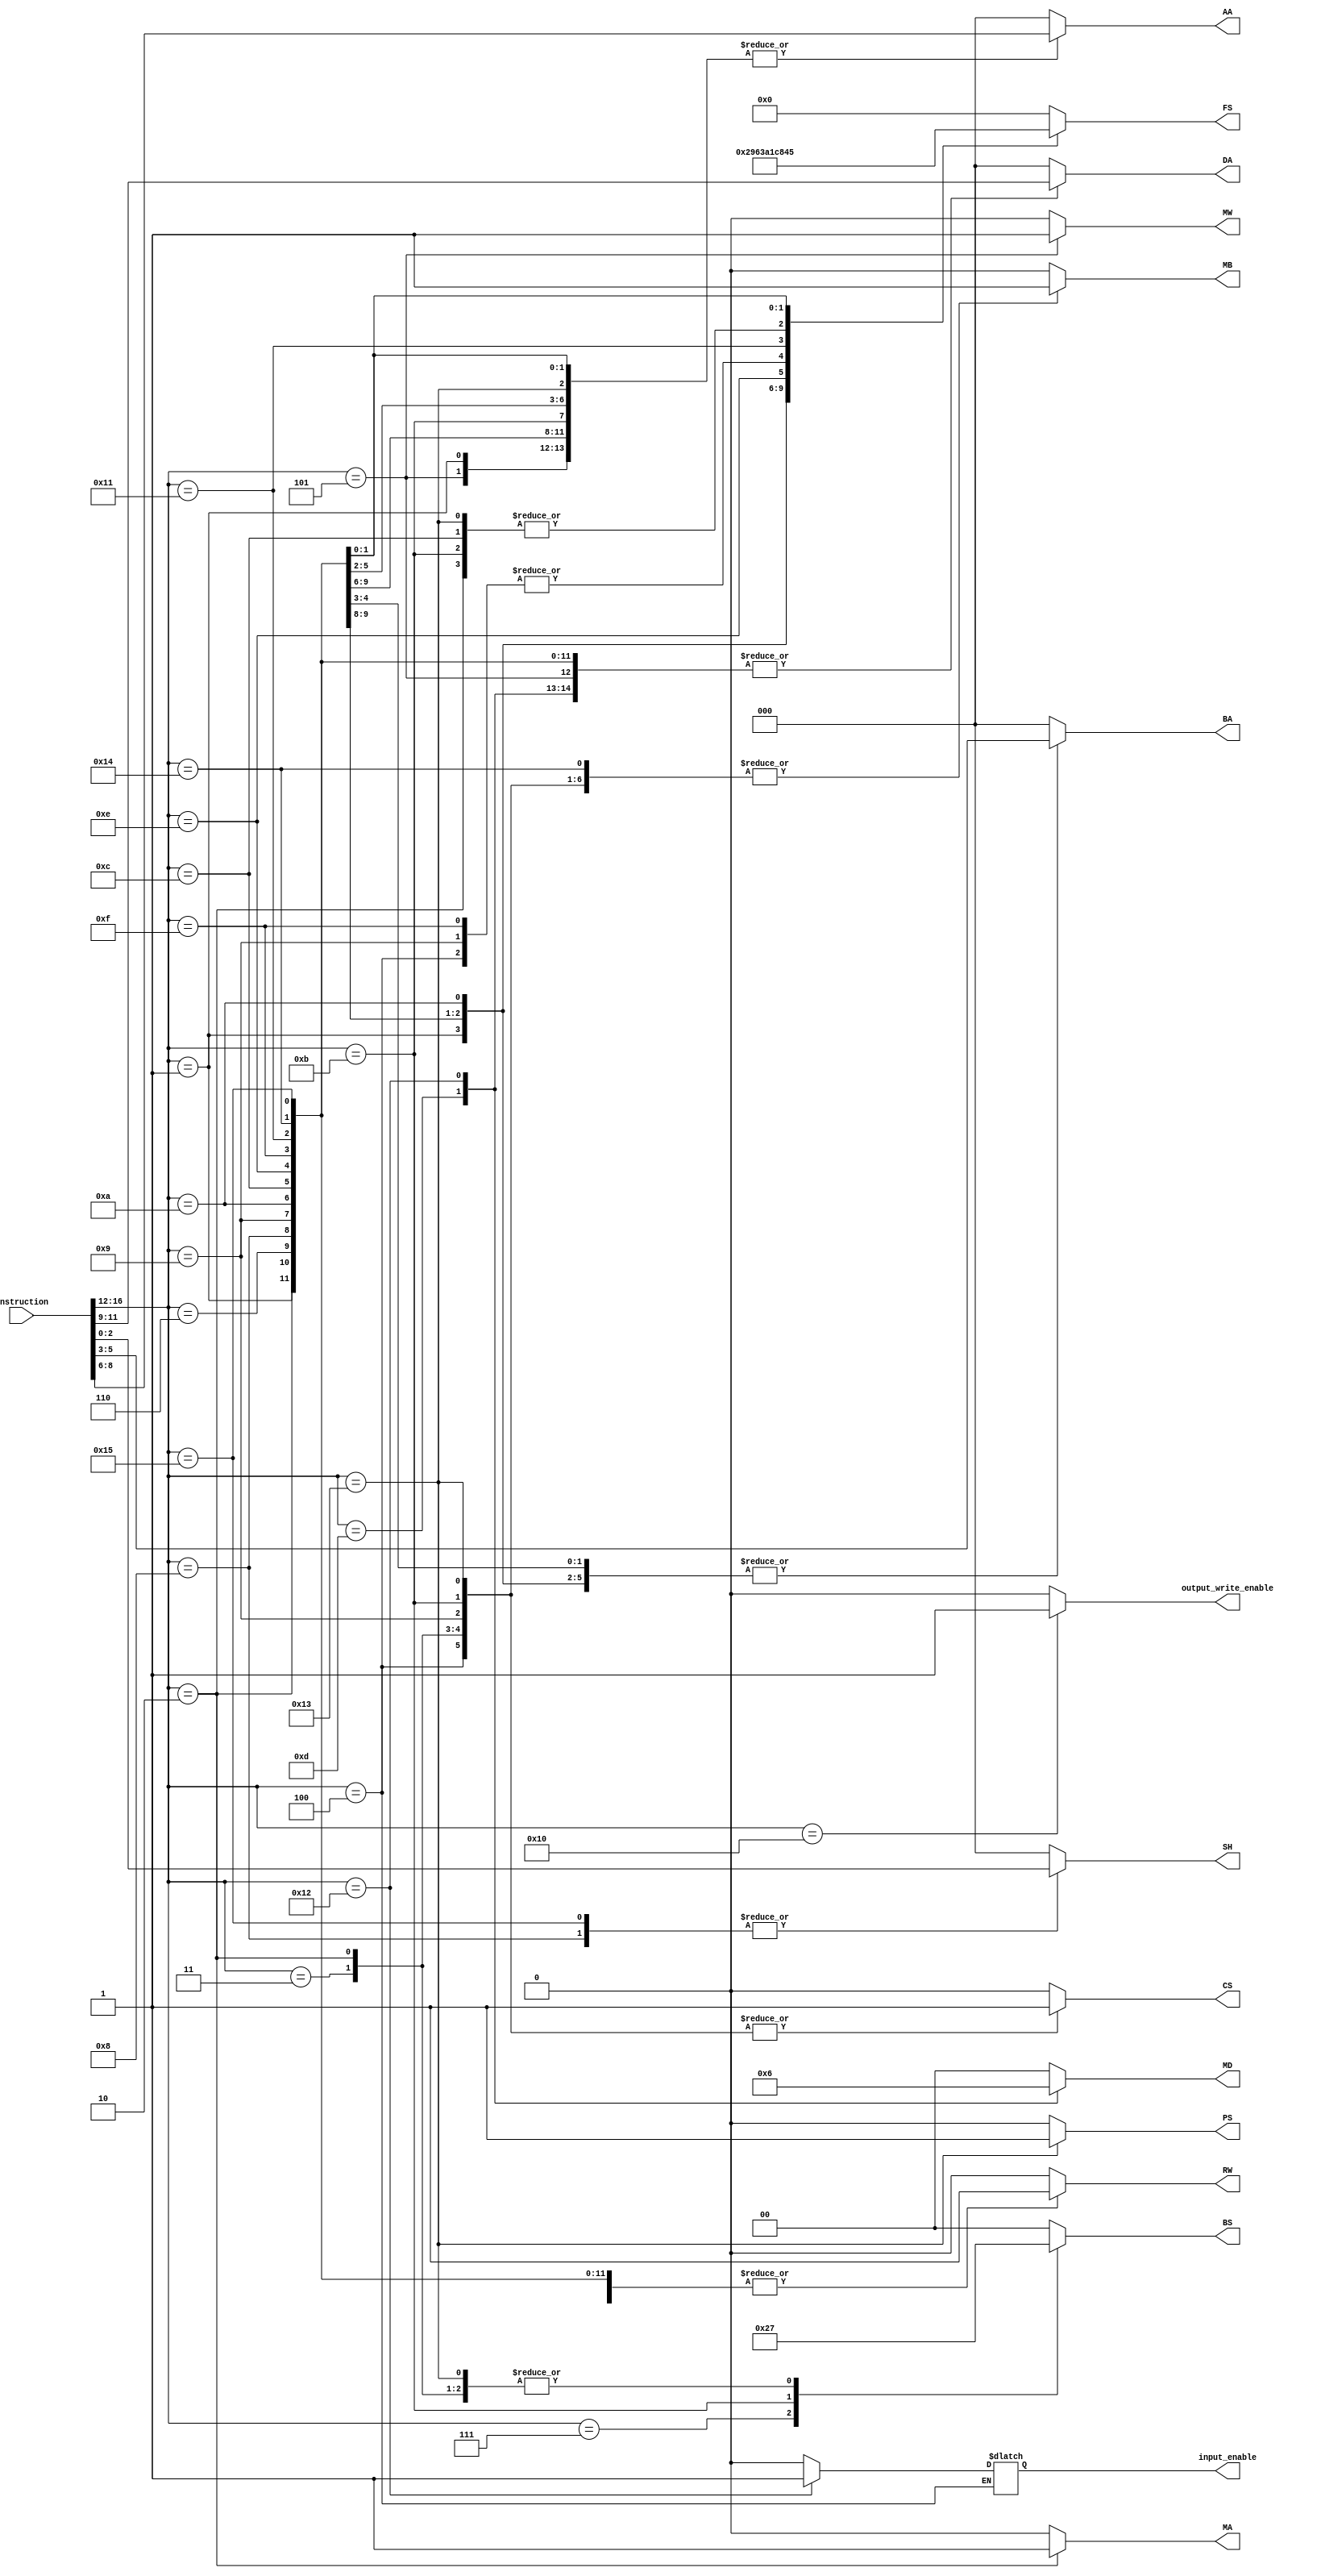
`timescale 1ns / 1ps
//////////////////////////////////////////////////////////////////////////////////
// Company: 
// Engineer: 
// 
// Design Name: 
// Module Name: instruction_decoder
// Project Name: 
// Target Devices: 
// Tool Versions: 
// Description: 
// 
// Dependencies: 
// 
// Revision:
// Revision 0.01 - File Created
// Additional Comments:
// 
//////////////////////////////////////////////////////////////////////////////////


module instruction_decoder(
    input [16:0] instruction,
    output  RW,
    output  [2:0] DA,//DA_WIREtAA_WIREddress,
    output [1:0] MD ,//muxd_select,
    output [1:0] BS, //branch_select,
    output PS,//zero_toggle,
    output MW,//memory_write,
    output [3:0] FS,//function select
    output MA,//mux a select 
    output MB,// mux  b select 
    output [2:0]AA, //register a address
    output [2:0]BA, // register b address
    output CS, // constant AA_WIRE
    output [2:0] SH, //shift registers
    output output_write_enable,
	output input_enable
    );
	 
parameter NOP = 5'b00000; // value 0  eg:nop
parameter SUB = 5'b00001; //value 1   eg: sub r1,r2,r3
parameter JML = 5'b00010; //value 2   eg: jml r2, r3
parameter JMP = 5'b00011; // value 3  eg: jmp [r2]
parameter AIU = 5'b00100; //value 4   eg: aiu r3,r2,06H
parameter ST  = 5'b00101; //value 5   eg: st [r2] r1
parameter AND = 5'b00110; //value 6   eg: and r3,r2,r1
parameter JMR = 5'b00111; //value 7   eg: jmp r2
parameter LSL = 5'b01000; //value 8   eg: lsl r3 , 03H
parameter ADI = 5'b01001; //value 9   eg: add r3 r2 03H 
parameter XOR = 5'b01010; //value 10  eg: xor r4 r3 r2
parameter BZ  = 5'b01011; // value 11  eg: bz r2 20H
parameter MOV = 5'b01100; // value 12  eg: mov r2 r1
parameter LD  = 5'b01101; // value 13  eg: ld r4 [r1]
parameter SLT = 5'b01110; // value 14  eg: slt r3 r2 r1
parameter ADD = 5'b01111; // value 15  eg: add r3 r2 r1
parameter OUT = 5'b10000; // value 16  eg:  out r3 [r2] 
parameter NOT = 5'b10001; // value 17  eg: not r2 
parameter IN  = 5'b10010; // value 18  eg: in r7 [r4]
parameter BNZ = 5'b10011; // value 19 eg: bnz r2
parameter ORI = 5'b10100; // value 20  eg: or r3 r2 35H
parameter LSR = 5'b10101; //value 21 eg eg: lsR r3 , 03H 

reg RW_WIRE;
reg [2:0] DA_WIRE;  //DA_WIREtAA_WIREddress,
reg [1:0] MD_WIRE ;//muxd_select,
reg [1:0] BS_WIRE;  //branch_select,
reg PS_WIRE ; //zero_toggle,
reg MW_WIRE ; //memory_write,
reg [3:0] FS_WIRE; //function select
reg MA_WIRE ; //mux a select 
reg MB_WIRE ; // mux  b select 
reg [2:0]AA_WIRE ; //register a address
reg [2:0]BA_WIRE ; // register b address
reg CS_WIRE ; // constant AA_WIRE
reg [2:0] SH_WIRE;
reg [4:0] opcode;
reg output_write_enable_wire;
reg input_enable_wire;

//assign SH_wire = instruction[2:0];

always@(*) begin


opcode = instruction[16:12]; 

case(opcode)
    NOP:begin    //1
    RW_WIRE = 1'b0; 
	 DA_WIRE = 3'b000; 
	 MD_WIRE = 2'b00;
	 BS_WIRE = 2'b00;
	 PS_WIRE = 1'b0;
	 MW_WIRE = 1'b0;
	 FS_WIRE = 4'b0000; 
	 MA_WIRE = 1'b0; 
	 MB_WIRE = 1'b0; 
	 AA_WIRE = 3'b000; 
	 BA_WIRE = 3'b000; 
	 CS_WIRE = 1'b0;
	 SH_WIRE=3'h0; 
	 output_write_enable_wire = 1'b0;
	 input_enable_wire = 1'b0;
    end 
	 
    SUB:begin // 2
    RW_WIRE = 1'b1; 
	 DA_WIRE = instruction[11:9]; 
	 MD_WIRE = 2'b00;
	 BS_WIRE = 2'b00;
	 PS_WIRE = 1'b0;
	 MW_WIRE = 1'b0;
	 FS_WIRE = 4'b0010; 
	 MA_WIRE = 1'b0; 
	 MB_WIRE = 1'b0; 
	 AA_WIRE = instruction[8:6]; 
	 BA_WIRE = instruction[5:3]; 
	 CS_WIRE = 1'b0;
	 SH_WIRE = 3'h0; 
	 output_write_enable_wire = 1'b0; 
	 input_enable_wire = 1'b0;
    end 
	 
    JML:begin   //3
    RW_WIRE = 1'b1; 
	 DA_WIRE = instruction[11:9]; 
	 MD_WIRE = 2'b00;
	 BS_WIRE = 2'b11;
	 PS_WIRE = 1'b0;
	 MW_WIRE = 1'b0 ;
	 FS_WIRE = 4'b1000; 
	 MA_WIRE = 1'b1; 
	 MB_WIRE = 1'b1; 
	 AA_WIRE = 3'b000; 
	 BA_WIRE = 3'b000; 
	 CS_WIRE = 1'b1;
	 SH_WIRE = 3'h0;
	 SH_WIRE=3'h0; 
	 output_write_enable_wire = 1'b0; 
	 input_enable_wire = 1'b0;
    end 
	 
    JMP:begin //4
    RW_WIRE = 1'b0; 
	 DA_WIRE = 3'b000; 
	 MD_WIRE = 2'b00;
	 BS_WIRE = 2'b11;
	 PS_WIRE = 1'b0;
	 MW_WIRE = 1'b0;
	 FS_WIRE = 4'b0000; 
	 MA_WIRE = 1'b0; 
	 MB_WIRE = 1'b1; 
	 AA_WIRE = 3'b000; 
	 BA_WIRE = 3'b000; 
	 CS_WIRE = 1'b1;
	 SH_WIRE = 3'h0;  
	 output_write_enable_wire = 1'b0;
	 input_enable_wire = 1'b0;	 
    end 
	 
    AIU:begin //5
    RW_WIRE = 1'b1; 
	 DA_WIRE = instruction[11:9]; 
	 MD_WIRE = 2'b00;
	 BS_WIRE = 2'b00;
	 PS_WIRE = 1'b0;
	 MW_WIRE = 1'b0;
	 FS_WIRE = 4'b0001; 
	 MA_WIRE = 1'b0; 
	 MB_WIRE = 1'b1; 
	 AA_WIRE = instruction[8:6]; 
	 BA_WIRE = 3'b000; 
	 CS_WIRE = 1'b1;
	 SH_WIRE = 3'h0; 
	 output_write_enable_wire = 1'b0; 
    end
	 
    ST:begin  //6
    RW_WIRE = 1'b0; 
	 DA_WIRE = instruction[11:9]; 
	 MD_WIRE = 2'b00;
	 BS_WIRE = 2'b00;
	 PS_WIRE = 1'b0;
	 MW_WIRE = 1'b1;
	 FS_WIRE = 4'b0000; 
	 MA_WIRE = 1'b0; 
	 MB_WIRE = 1'b0; 
	 AA_WIRE = instruction[8:6]; 
	 BA_WIRE = instruction[5:3]; 
	 CS_WIRE = 1'b0; 
	 SH_WIRE = 3'h0;
	 output_write_enable_wire = 1'b0; 
	 input_enable_wire = 1'b0;
    end 
	 
    AND:begin  //7
    RW_WIRE = 1'b1; 
	 DA_WIRE = instruction[11:9]; 
	 MD_WIRE = 2'b00;
	 BS_WIRE = 2'b00;
	 PS_WIRE = 1'b0;
	 MW_WIRE = 1'b0;
	 FS_WIRE = 4'b1001; 
	 MA_WIRE = 1'b0; 
	 MB_WIRE = 1'b0; 
	 AA_WIRE = instruction[8:6]; 
	 BA_WIRE = instruction[5:3]; 
	 CS_WIRE = 1'b0; 
	 SH_WIRE = 3'h0; 
	 output_write_enable_wire = 1'b0;
	 input_enable_wire = 1'b0;
    end
	 
    JMR:begin  //8
    RW_WIRE = 1'b0; 
	 DA_WIRE = 3'b000; 
	 MD_WIRE = 2'b00;
	 BS_WIRE = 2'b10;
	 PS_WIRE = 1'b0;
	 MW_WIRE = 1'b0;
	 FS_WIRE = 4'b0000; 
	 MA_WIRE = 1'b0; 
	 MB_WIRE = 1'b0; 
	 AA_WIRE = instruction[8:6]; 
	 BA_WIRE = 3'b000; 
	 CS_WIRE = 1'b0; 
	 SH_WIRE = 3'h0;
	 output_write_enable_wire = 1'b0; 
	 input_enable_wire = 1'b0;
    end 
	 
    LSL:begin  //9
	 BS_WIRE = 2'b00;
	 PS_WIRE = 1'b0;
	 MW_WIRE = 1'b0;
	 
	 
	 AA_WIRE = instruction[8:6];
	 MA_WIRE = 1'b0;
	 FS_WIRE = 4'b0110;
	 SH_WIRE = instruction[2:0]; 
	 MD_WIRE = 2'b00;
	 RW_WIRE = 1'b1;
	 DA_WIRE = instruction[11:9];
	  
	 MB_WIRE = 1'b0; 
	 BA_WIRE = instruction[5:3]; 
	 CS_WIRE = 1'b0;
	 output_write_enable_wire = 1'b0;
	 input_enable_wire = 1'b0;
	 end 
	 
    ADI:begin  //10
    RW_WIRE = 1'b1; 
	 DA_WIRE = instruction[11:9]; 
	 MD_WIRE = 2'b00;
	 BS_WIRE = 2'b00;
	 PS_WIRE = 1'b0;
	 MW_WIRE = 1'b0;
	 FS_WIRE = 4'b0001; 
	 MA_WIRE = 1'b0; 
	 MB_WIRE = 1'b1; 
	 AA_WIRE = instruction[8:6]; 
	 BA_WIRE = 3'b000; 
	 CS_WIRE = 1'b1;
	 SH_WIRE=3'h0;
	 output_write_enable_wire = 1'b0;  
    input_enable_wire = 1'b0;
	 end 
    
	 XOR:begin //11
    RW_WIRE = 1'b1; 
	 DA_WIRE = instruction[11:9]; 
	 MD_WIRE = 2'b00;
	 BS_WIRE = 2'b00;
	 PS_WIRE = 1'b0;
	 MW_WIRE = 1'b0;
	 FS_WIRE = 4'b0011; 
	 MA_WIRE = 1'b0; 
	 MB_WIRE = 1'b0; 
	 AA_WIRE = instruction[8:6]; 
	 BA_WIRE = instruction[5:3]; 
	 CS_WIRE = 1'b0;
	 SH_WIRE=3'h0; 
	 output_write_enable_wire = 1'b0; 
	 input_enable_wire = 1'b0;
    end
   
	 BZ:begin  //12
    RW_WIRE = 1'b0; 
	 DA_WIRE = 3'b000; 
	 MD_WIRE = 2'b00;
	 BS_WIRE = 2'b01;
	 PS_WIRE = 1'b0;
	 MW_WIRE = 1'b0;
	 FS_WIRE = 4'b1000; 
	 MA_WIRE = 1'b0; 
	 MB_WIRE = 1'b1; 
	 AA_WIRE = instruction[8:6]; 
	 BA_WIRE = 3'b000; 
	 CS_WIRE = 1'b1;
	 SH_WIRE =3'h0;
	 output_write_enable_wire = 1'b0;  
	 input_enable_wire = 1'b0;
    end 
    
	 MOV:begin //13
    RW_WIRE = 1'b1; 
	 DA_WIRE = instruction[11:9]; 
	 MD_WIRE = 2'b00;
	 BS_WIRE = 2'b00;
	 PS_WIRE = 1'b0;
	 MW_WIRE = 1'b0;
	 FS_WIRE = 4'b1000; 
	 MA_WIRE = 1'b0; 
	 MB_WIRE = 1'b0; 
	 AA_WIRE = instruction[8:6]; 
	 BA_WIRE = 3'b000; 
	 CS_WIRE = 1'b0;
	 SH_WIRE = 3'h0; 
	 output_write_enable_wire = 1'b0; 
    input_enable_wire = 1'b0;
	 end 
	 
    LD:begin  //14
    RW_WIRE = 1'b1; 
	 DA_WIRE = instruction[11:9]; 
	 MD_WIRE = 2'b01;
	 BS_WIRE = 2'b00;
	 PS_WIRE = 1'b0;
	 MW_WIRE = 1'b0;
	 FS_WIRE = 4'b0000; 
	 MA_WIRE = 1'b0; 
	 MB_WIRE = 1'b0; 
	 AA_WIRE = instruction[8:6]; 
	 BA_WIRE = 3'b000; 
	 CS_WIRE = 1'b0;
	 SH_WIRE = 3'h0; 
	 output_write_enable_wire = 1'b0;
	 input_enable_wire = 1'b0;	 
    end
	 
    SLT:begin //15
    RW_WIRE = 1'b1; 
	 DA_WIRE = instruction[11:9]; 
	 MD_WIRE = 2'b00;
	 BS_WIRE = 2'b00;
	 PS_WIRE = 1'b0;
	 MW_WIRE = 1'b0;
	 FS_WIRE = 4'b1010; 
	 MA_WIRE = 1'b0; 
	 MB_WIRE = 1'b0; 
	 AA_WIRE = instruction[8:6]; 
	 BA_WIRE = instruction[5:3]; 
	 CS_WIRE = 1'b0;
	 SH_WIRE = 3'h0;  
	 output_write_enable_wire = 1'b0;
	 input_enable_wire = 1'b0;
    end 
    
	 ADD:begin //16
    RW_WIRE = 1'b1; 
	 DA_WIRE = instruction[11:9]; 
	 MD_WIRE = 2'b00;
	 BS_WIRE = 2'b00;
	 PS_WIRE = 1'b0;
	 MW_WIRE = 1'b0;
	 FS_WIRE = 4'b0001; 
	 MA_WIRE = 1'b0; 
	 MB_WIRE = 1'b0; 
	 AA_WIRE = instruction[8:6]; 
	 BA_WIRE = instruction[5:3]; 
	 CS_WIRE = 1'b0;
	 SH_WIRE = 3'h0; 
	 output_write_enable_wire = 1'b0; 
	 input_enable_wire = 1'b0;
    end
    
	 OUT:begin  //17
    RW_WIRE = 1'b0; 
	 DA_WIRE = instruction[11:9]; 
	 MD_WIRE = 2'b00;
	 BS_WIRE = 2'b00;
	 PS_WIRE = 1'b0;
	 MW_WIRE = 1'b0;
	 FS_WIRE = 4'b0000; 
	 MA_WIRE = 1'b0; 
	 MB_WIRE = 1'b0; 
	 AA_WIRE = instruction[8:6]; 
	 BA_WIRE = instruction[5:3]; 
	 CS_WIRE = 1'b0;
	 SH_WIRE=3'h0; 
	 output_write_enable_wire = 1'b1; 
	 input_enable_wire = 1'b0;
    end 
	 
    NOT:begin //18
    RW_WIRE = 1'b1; 
	 DA_WIRE = instruction[11:9]; 
	 MD_WIRE = 2'b00;
	 BS_WIRE = 2'b00;
	 PS_WIRE = 1'b0;
	 MW_WIRE = 1'b0;
	 FS_WIRE = 4'b1100; 
	 MA_WIRE = 1'b0; 
	 MB_WIRE = 1'b0; 
	 AA_WIRE = instruction[8:6]; 
	 BA_WIRE = 3'b000; 
	 CS_WIRE = 1'b0;
	 SH_WIRE=3'h0; 
	 output_write_enable_wire = 1'b0; 
	 input_enable_wire = 1'b0;
    end 
	 
    IN:begin //19
    RW_WIRE = 1'b1; 
	 DA_WIRE = instruction[11:9]; 
	 MD_WIRE = 2'b10;
	 BS_WIRE = 2'b00;
	 PS_WIRE = 1'b0;
	 MW_WIRE = 1'b0;
	 FS_WIRE = 4'b0000; 
	 MA_WIRE = 1'b0; 
	 MB_WIRE = 1'b0; 
	 AA_WIRE = instruction[8:6]; 
	 BA_WIRE = 3'b000; 
	 CS_WIRE = 1'b0;
	 SH_WIRE=3'h0; 
	 output_write_enable_wire = 1'b0; 
	 input_enable_wire = 1'b1;
    end 
    
	 BNZ:begin //20
    RW_WIRE = 1'b0; 
	 DA_WIRE = 3'b000; 
	 MD_WIRE = 2'b00;
	 BS_WIRE = 2'b11;
	 PS_WIRE = 1'b1;
	 MW_WIRE = 1'b0;
	 FS_WIRE = 4'b1000; 
	 MA_WIRE = 1'b0; 
	 MB_WIRE = 1'b1; 
	 AA_WIRE = instruction[8:6]; 
	 BA_WIRE = 3'b000; 
	 CS_WIRE = 1'b1;
	 SH_WIRE= 3'h0; 
	 output_write_enable_wire = 1'b0; 
	 input_enable_wire = 1'b0;
    end 
    
	 ORI:begin  //21
    RW_WIRE = 1'b1; 
	 DA_WIRE = instruction[11:9]; 
	 MD_WIRE = 2'b00;
	 BS_WIRE = 2'b00;
	 PS_WIRE = 1'b0;
	 MW_WIRE = 1'b0;
	 FS_WIRE = 4'b0100; 
	 MA_WIRE = 1'b0; 
	 MB_WIRE = 1'b1; 
	 AA_WIRE = instruction[8:6]; 
	 BA_WIRE = 3'b000; 
	 CS_WIRE = 1'b0;
	 SH_WIRE=3'h0; 
	 output_write_enable_wire = 1'b0;  
	 input_enable_wire = 1'b0;
    end 
    
    LSR:begin  //21
	 BS_WIRE = 2'b00;
	 PS_WIRE = 1'b0;
	 MW_WIRE = 1'b0;
	 
	 
	 AA_WIRE = instruction[8:6];
	 MA_WIRE = 1'b0;
	 FS_WIRE = 4'b0101;
	 SH_WIRE = instruction[2:0]; 
	 MD_WIRE = 2'b00;
	 RW_WIRE = 1'b1;
	 DA_WIRE = instruction[11:9];
	  
	 MB_WIRE = 1'b0; 
	 BA_WIRE = 3'b000; 
	 CS_WIRE = 1'b0;
	 output_write_enable_wire = 1'b0;
	 input_enable_wire = 1'b0;
    end 
	 
/*	 INP:begin  //22
    RW_WIRE = 1'b1; 
	 DA_WIRE = 3'b000; 
	 MD_WIRE = 2'b00;
	 BS_WIRE = 2'b00;
	 PS_WIRE = 1'b0;
	 MW_WIRE = 1'b0;
	 FS_WIRE = 4'b0000; 
	 MA_WIRE = 1'b0; 
	 MB_WIRE = 1'b0; 
	 AA_WIRE = instruction[8:6]; 
	 BA_WIRE = 3'b000; 
	 CS_WIRE = 1'b0;
	 SH_WIRE = 3'b000;
	 output_write_enable_wire = 1'b0;
	 input_enable_wire = 1'b1;*/
	 
    //end 
	 
	 default: begin
    RW_WIRE = 1'b0; 
	 DA_WIRE = 3'b000; 
	 MD_WIRE = 2'b00;
	 BS_WIRE = 2'b00;
	 PS_WIRE = 1'b0;
	 MW_WIRE = 1'b0;
	 FS_WIRE = 4'b0000; 
	 MA_WIRE = 1'b0; 
	 MB_WIRE = 1'b0; 
	 AA_WIRE = 3'b000; 
	 BA_WIRE = 3'b000; 
	 CS_WIRE = 1'b0;
	 SH_WIRE=3'h0;
	 output_write_enable_wire = 1'b0;
	 input_enable_wire = 1'b0;
	 end
    endcase
end

assign RW = RW_WIRE;
assign DA = DA_WIRE;
assign MD = MD_WIRE;
assign BS = BS_WIRE;
assign PS = PS_WIRE;
assign MW = MW_WIRE;
assign FS = FS_WIRE;
assign MA = MA_WIRE;
assign MB = MB_WIRE;
assign AA = AA_WIRE;
assign BA = BA_WIRE;
assign CS = CS_WIRE;
assign SH = SH_WIRE;
assign output_write_enable = output_write_enable_wire;
assign input_enable = input_enable_wire;
endmodule